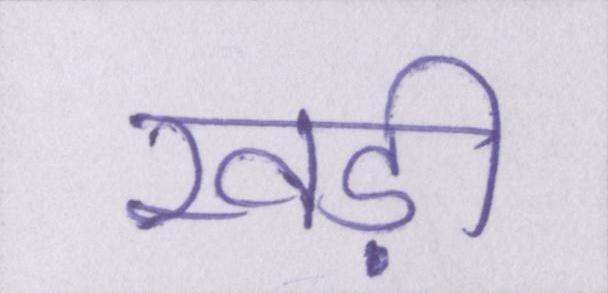
खड़ी